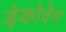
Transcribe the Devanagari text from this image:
ड़ेकोवेन